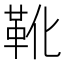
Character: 靴